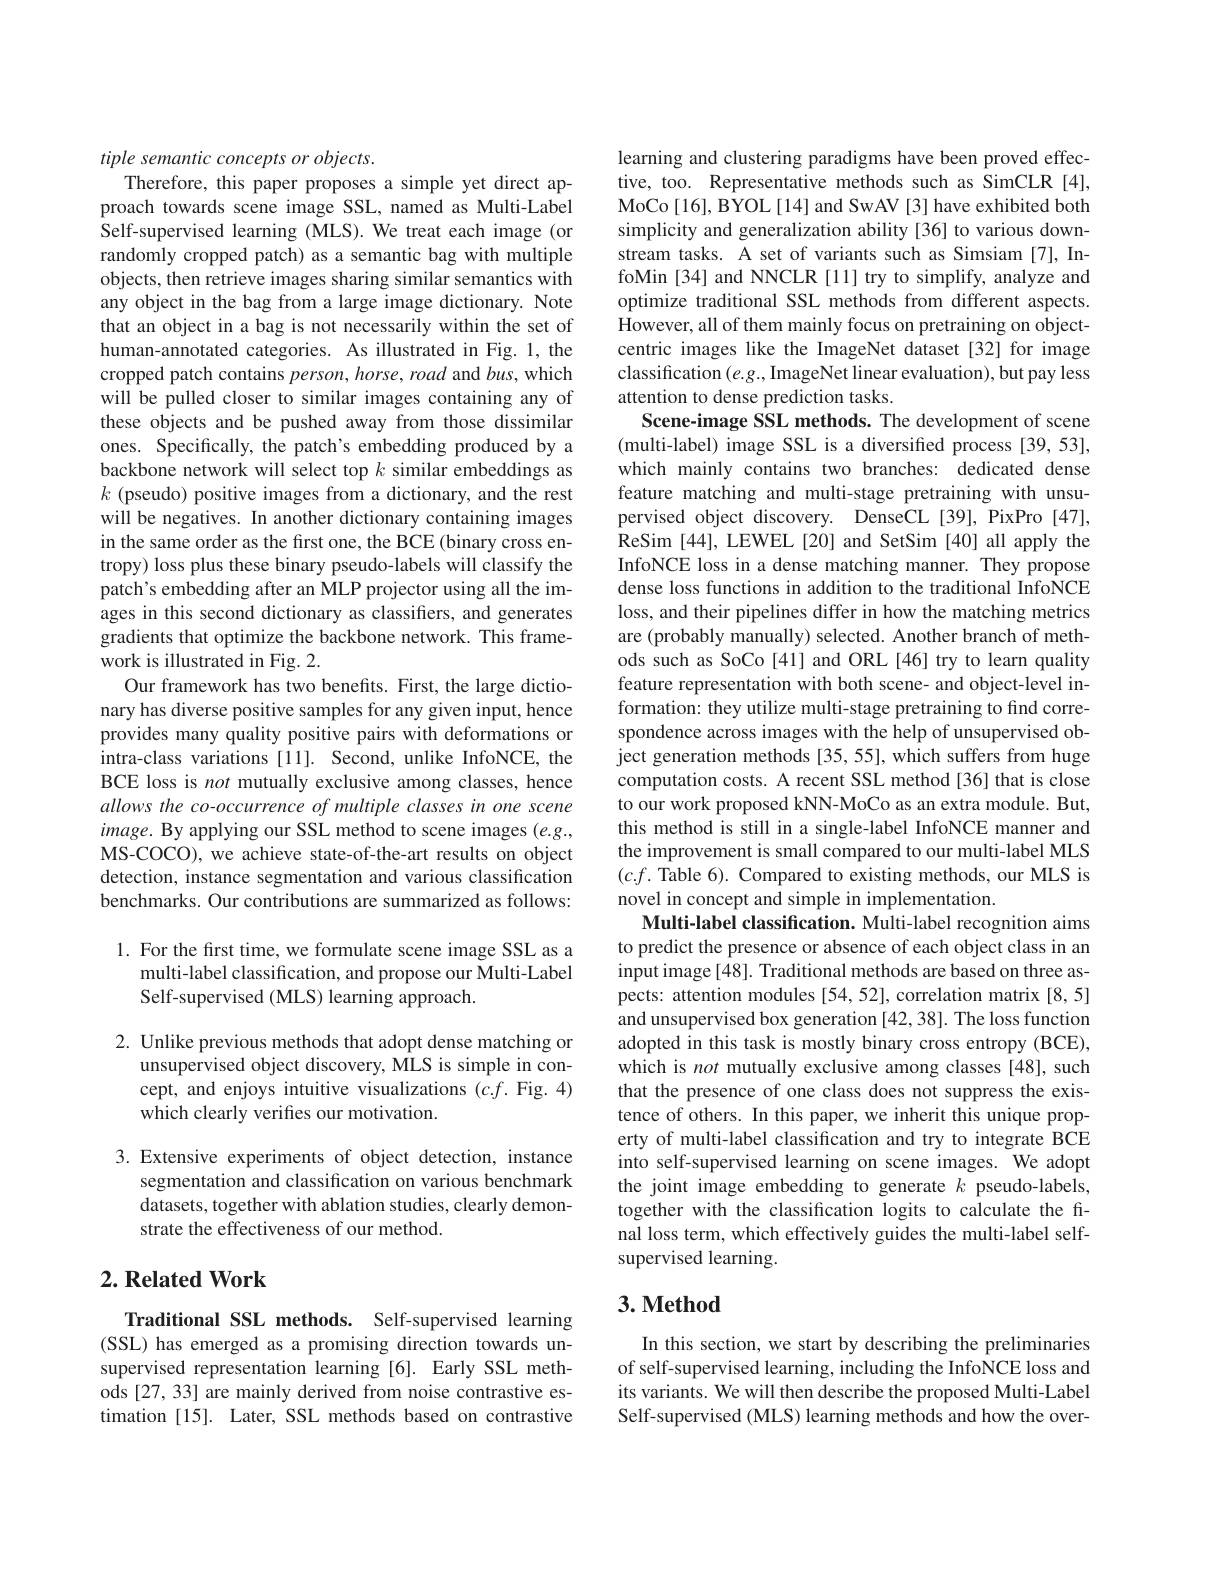
tiple semantic concepts or objects.
Therefore, this paper proposes a simple yet direct approach towards scene image SSL, named as Multi-Label Self-supervised learning (MLS).We treat each image (or randomly cropped patch) as a semantic bag with multiple objects, then retrieve images sharing similar semantics with any object in the bag from a large image dictionary. Note that an object in a bag is not necessarily within the set of human-annotated categories. As illustrated in Fig. 1, the cropped patch contains person, horse, road and bus, which will be pulled closer to similar images containing any of these objects and be pushed away from those dissimilar ones. Specifically, the patch's embedding produced by a backbone network will select top $k$ similar embeddings as $k$ (pseudo) positive images from a dictionary, and the rest will be negatives. In another dictionary containing images in the same order as the first one, the BCE (binary cross entropy) loss plus these binary pseudo-labels will classify the patch's embedding after an MLP projector using all the images in this second dictionary as classifiers, and generates gradients that optimize the backbone network. This framework is illustrated in Fig. 2.
Our framework has two benefits. First, the large dictionary has diverse positive samples for any given input, hence provides many quality positive pairs with deformations or intra-class variations [11]. Second, unlike InfoNCE, the BCE loss is not mutually exclusive among classes, hence allows the co-occurrence of multiple classes in one scene $image.$ By applying our SSL method to scene images $(e.g.$, MS-COCO), we achieve state-of-the-art results on object detection, instance segmentation and various classification benchmarks. Our contributions are summarized as follows: 1. For the first time, we formulate scene image SSL as a

multi-label classification, and propose our Multi-Label
Self-supervised (MLS) learning approach.

2. Unlike previous methods that adopt dense matching or
unsupervised object discovery, MLS is simple in concept, and enjoys intuitive visualizations $(c.f.$ Fig. 4) which clearly verifes our motivation.

3.Extensive experiments of object detection, instance
segmentation and classification on various benchmark datasets, together with ablation studies, clearly demonstrate the effectiveness of our method.

## $2. \textbf{Related Work}$

Traditional SSL methods. Self-supervised learning (SSL) has emerged as a promising direction towards unsupervised representation learning [6]. Early SSL methods [27, 33] are mainly derived from noise contrastive estimation [15]. Later, SSL methods based on contrastive

learning and clustering paradigms have been proved effective, too. Representative methods such as SimCLR[4], MoCo[16], BYOL[14] and SwAV[3] have exhibited both simplicity and generalization ability [36] to various downstream tasks. A set of variants such as Simsiam [7], InfoMin [34] and NNCLR [11] try to simplify, analyze and optimize traditional SSL methods from different aspects. However, all of them mainly focus on pretraining on objectcentric images like the ImageNet dataset [32] for image classification $(e.g.$,ImageNet linear evaluation), but pay less attention to dense prediction tasks.
Scene-image SSL methods. The development of scene (multi-label) image SSL is a diversified process [39,53], which mainly contains two branches: dedicated dense feature matching and multi-stage pretraining with unsupervised object discovery. DenseCL[39], PixPro [47], ReSim [44], LEWEL [20] and SetSim [40] all apply the InfoNCE loss in a dense matching manner. They propose dense loss functions in addition to the traditional InfoNCE loss, and their pipelines differ in how the matching metrics are (probably manually) selected. Another branch of methods such as SoCo [41] and ORL[46] try to learn quality feature representation with both scene- and object-level information: they utilize multi-stage pretraining to find correspondence across images with the help of unsupervised object generation methods [35,55], which suffers from huge computation costs. A recent SSL method[36] that is close to our work proposed kNN-MoCo as an extra module. But, this method is still in a single-label InfoNCE manner and the improvement is small compared to our multi-label MLS $(c.f.$ Table 6). Compared to existing methods, our MLS is novel in concept and simple in implementation.
Multi-label classification. Multi-label recognition aims to predict the presence or absence of each object class in an input image [48]. Traditional methods are based on three aspects: attention modules [54,52], correlation matrix [8,5] and unsupervised box generation [42,38]. The loss function adopted in this task is mostly binary cross entropy (BCE), which is not mutually exclusive among classes[48], such that the presence of one class does not suppress the existence of others. In this paper, we inherit this unique property of multi-label classification and try to integrate BCE into self-supervised learning on scene images. We adopt the joint image embedding to generate $k$ pseudo-labels, together with the classification logits to calculate the final loss term, which effectively guides the multi-label selfsupervised learning.

# 3. Method

In this section, we start by describing the preliminaries of self-supervised learning, including the InfoNCE loss and its variants. We will then describe the proposed Multi-Label Self-supervised (MLS) learning methods and how the over-